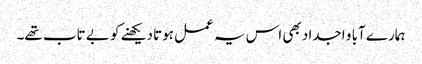
ہمارے آبا و اجداد بھی اس یہ عمل ہوتا دیکھنے کو بے تاب تھے۔